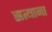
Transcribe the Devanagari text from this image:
सत्याना